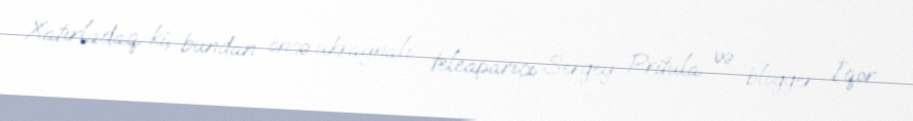
Xatırladaq ki, bundan öncə ukraynalı teleaparıcı Sergey Pritula və blogger İqor